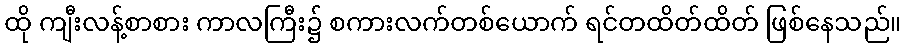
ထို ကျီးလန့်စာစား ကာလကြီး၌ စကားလက်တစ်ယောက် ရင်တထိတ်ထိတ် ဖြစ်နေသည်။